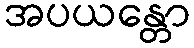
အပယန္တော